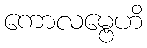
ကောလမ္ဗေဟိ